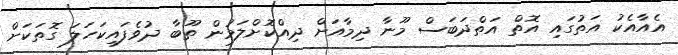
އެއާއެކު އަތުގައި އޮތް އަތްދަބަސް މޫނާ ދިމާއަށް ދިއްކޮށްލަމުން ތޫބާ ދުވެފައިކަހަލަ ގޮތަކަށް